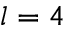
l = 4